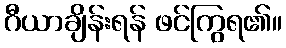
ဂီယာချိန်းရန် ဖင်ကြွရ၏။